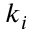
k _ { i }